Code of medical and sanitary regulations for the guidance of medical officers serving in the Madras Presidency - Volume I
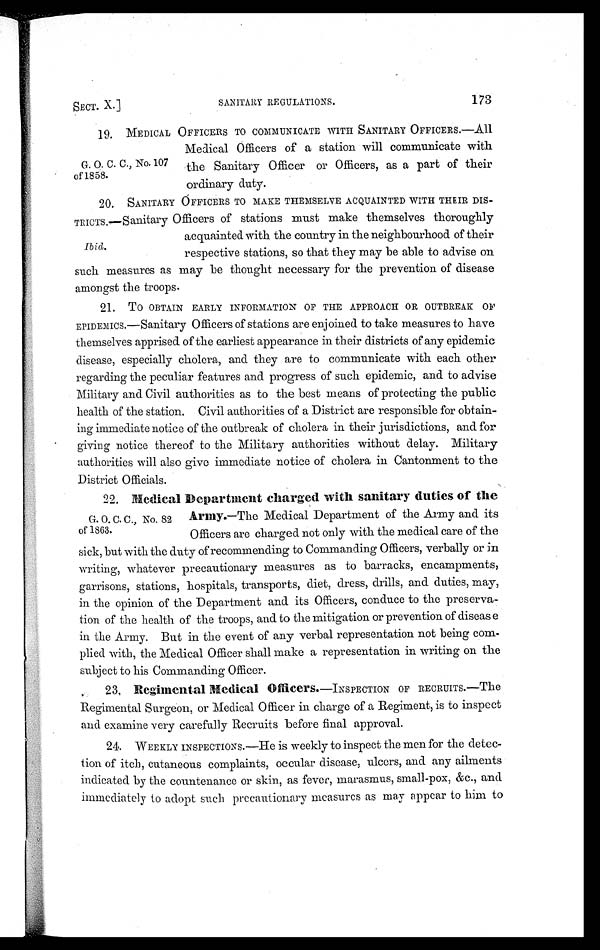
SECT. X.]
SANITARY REGULATIONS.
173
G. O. C. C., No. 107
of 1858.
19. MEDICAL OFFICERS TO COMMUNICATE WITH SANITARY OFFICERS.—All
Medical Officers of a station will communicate with
the Sanitary Officer or Officers, as a part of their
ordinary duty.
Ibid.
20. SANITARY OFFICERS TO MAKE THEMSELVE ACQUAINTED WITH THEIR DIS-
TRICTS.—Sanitary Officers of stations must make themselves thoroughly
acquainted with the country in the neighbourhood of their
respective stations, so that they may be able to advise on
such measures as may be thought necessary for the prevention of disease
amongst the troops.
21. TO OBTAIN EARLY INFORMATION OF THE APPROACH OR OUTBREAK OF
EPIDEMICS.—Sanitary Officers of stations are enjoined to take measures to have
themselves apprised of the earliest appearance in their districts of any epidemic
disease, especially cholera, and they are to communicate with each other
regarding the peculiar features and progress of such epidemic, and to advise
Military and Civil authorities as to the best means of protecting the public
health of the station. Civil authorities of a District are responsible for obtain-
ing immediate notice of the outbreak of cholera in their jurisdictions, and for
giving notice thereof to the Military authorities without delay. Military
authorities will also give immediate notice of cholera in Cantonment to the
District Officials.
G. O. C. C., No. 82
of 1863.
22. Medical Department charged with sanitary duties of the
Army.—The Medical Department of the Army and its
Officers are charged not only with the medical care of the
sick, but with the duty of recommending to Commanding Officers, verbally or in
writing, whatever precautionary measures as to barracks, encampments,
garrisons, stations, hospitals, transports, diet, dress, drills, and duties, may,
in the opinion of the Department and its Officers, conduce to the preserva-
tion of the health of the troops, and to the mitigation or prevention of disease
in the Army. But in the event of any verbal representation not being com-
plied with, the Medical Officer shall make a representation in writing on the
subject to his Commanding Officer.
23. Regimental Medical Officers.— I N S P E C T I O N O F R E C R U I T S . — T h e
Regimental Surgeon, or Medical Officer in charge of a Regiment, is to inspect
and examine very carefully Recruits before final approval.
24. WEEKLY INSPECTIONS.—He is weekly to inspect the men for the detec-
tion of itch, cutaneous complaints, occular disease, ulcers, and any ailments
indicated by the countenance or skin, as fever, marasmus, small-pox, &c., and
immediately to adopt such precautionary measures as may appear to him to